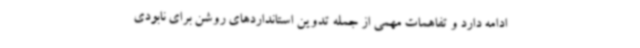
ادامه دارد و تفاهمات مهمی از جمله تدوین استانداردهای روشن برای نابودی